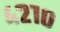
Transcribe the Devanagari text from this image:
४२१०